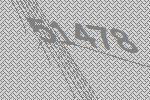
51478